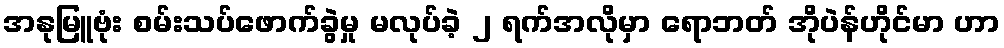
အနုမြူဗုံး စမ်းသပ်ဖောက်ခွဲမှု မလုပ်ခဲ့ ၂ ရက်အလိုမှာ ရောဘတ် အိုပဲန်ဟိုင်မာ ဟာ